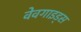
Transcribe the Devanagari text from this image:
वेवगाइड्स